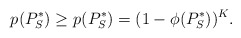
\begin{align*}p_{}(P_S^*) \geq p_{}^{}(P_S^*) = (1-\phi(P_S^*))^K.\end{align*}